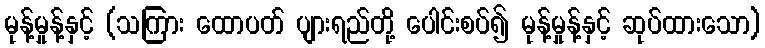
မုန့်မှုန့်နှင့် (သကြား ထောပတ် ပျားရည်တို့ ပေါင်းစပ်၍ မုန့်မှုန့်နှင့် ဆုပ်ထားသော)